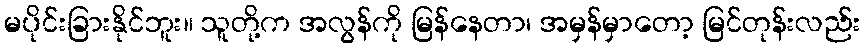
မပိုင်းခြားနိုင်ဘူး။ သူတို့က အလွန်ကို မြန်နေတာ၊ အမှန်မှာတော့ မြင်တုန်းလည်း